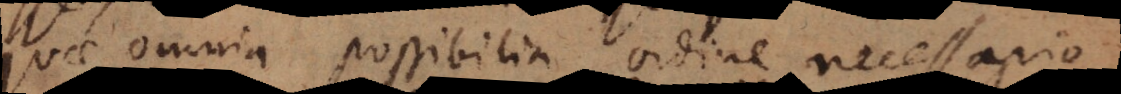
quae omnia possibilia ordine necessario